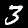
Digit: 3